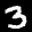
Label: 3